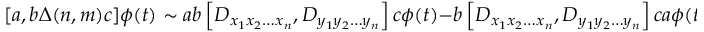
[ a , b \Delta ( n , m ) c ] \phi ( t ) \sim a b \left[ D _ { x _ { 1 } x _ { 2 } \ldots x _ { n } } , D _ { y _ { 1 } y _ { 2 } \ldots y _ { n } } \right] c \phi ( t ) - b \left[ D _ { x _ { 1 } x _ { 2 } \ldots x _ { n } } , D _ { y _ { 1 } y _ { 2 } \ldots y _ { n } } \right] c a \phi ( t ) = 0 ,